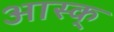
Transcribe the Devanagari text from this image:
आस्क्